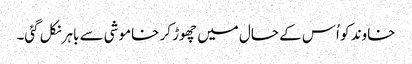
خاوند کو اُس کے حال میں چھوڑ کر خاموشی سے باہر نکل گئی۔